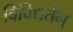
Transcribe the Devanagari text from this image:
विविधतेन्